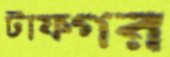
টাফগর